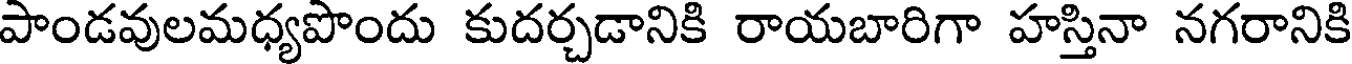
పాండవులమధ్యపొందు కుదర్చడానికి రాయబారిగా హస్తినా నగరానికి